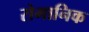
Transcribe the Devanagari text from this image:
रोमानिक